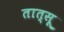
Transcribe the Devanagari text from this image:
तात्सू